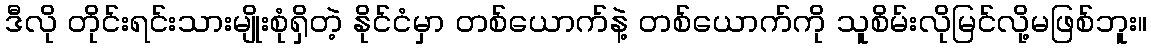
ဒီလို တိုင်းရင်းသားမျိုးစုံရှိတဲ့ နိုင်ငံမှာ တစ်ယောက်နဲ့ တစ်ယောက်ကို သူစိမ်းလိုမြင်လို့မဖြစ်ဘူး။